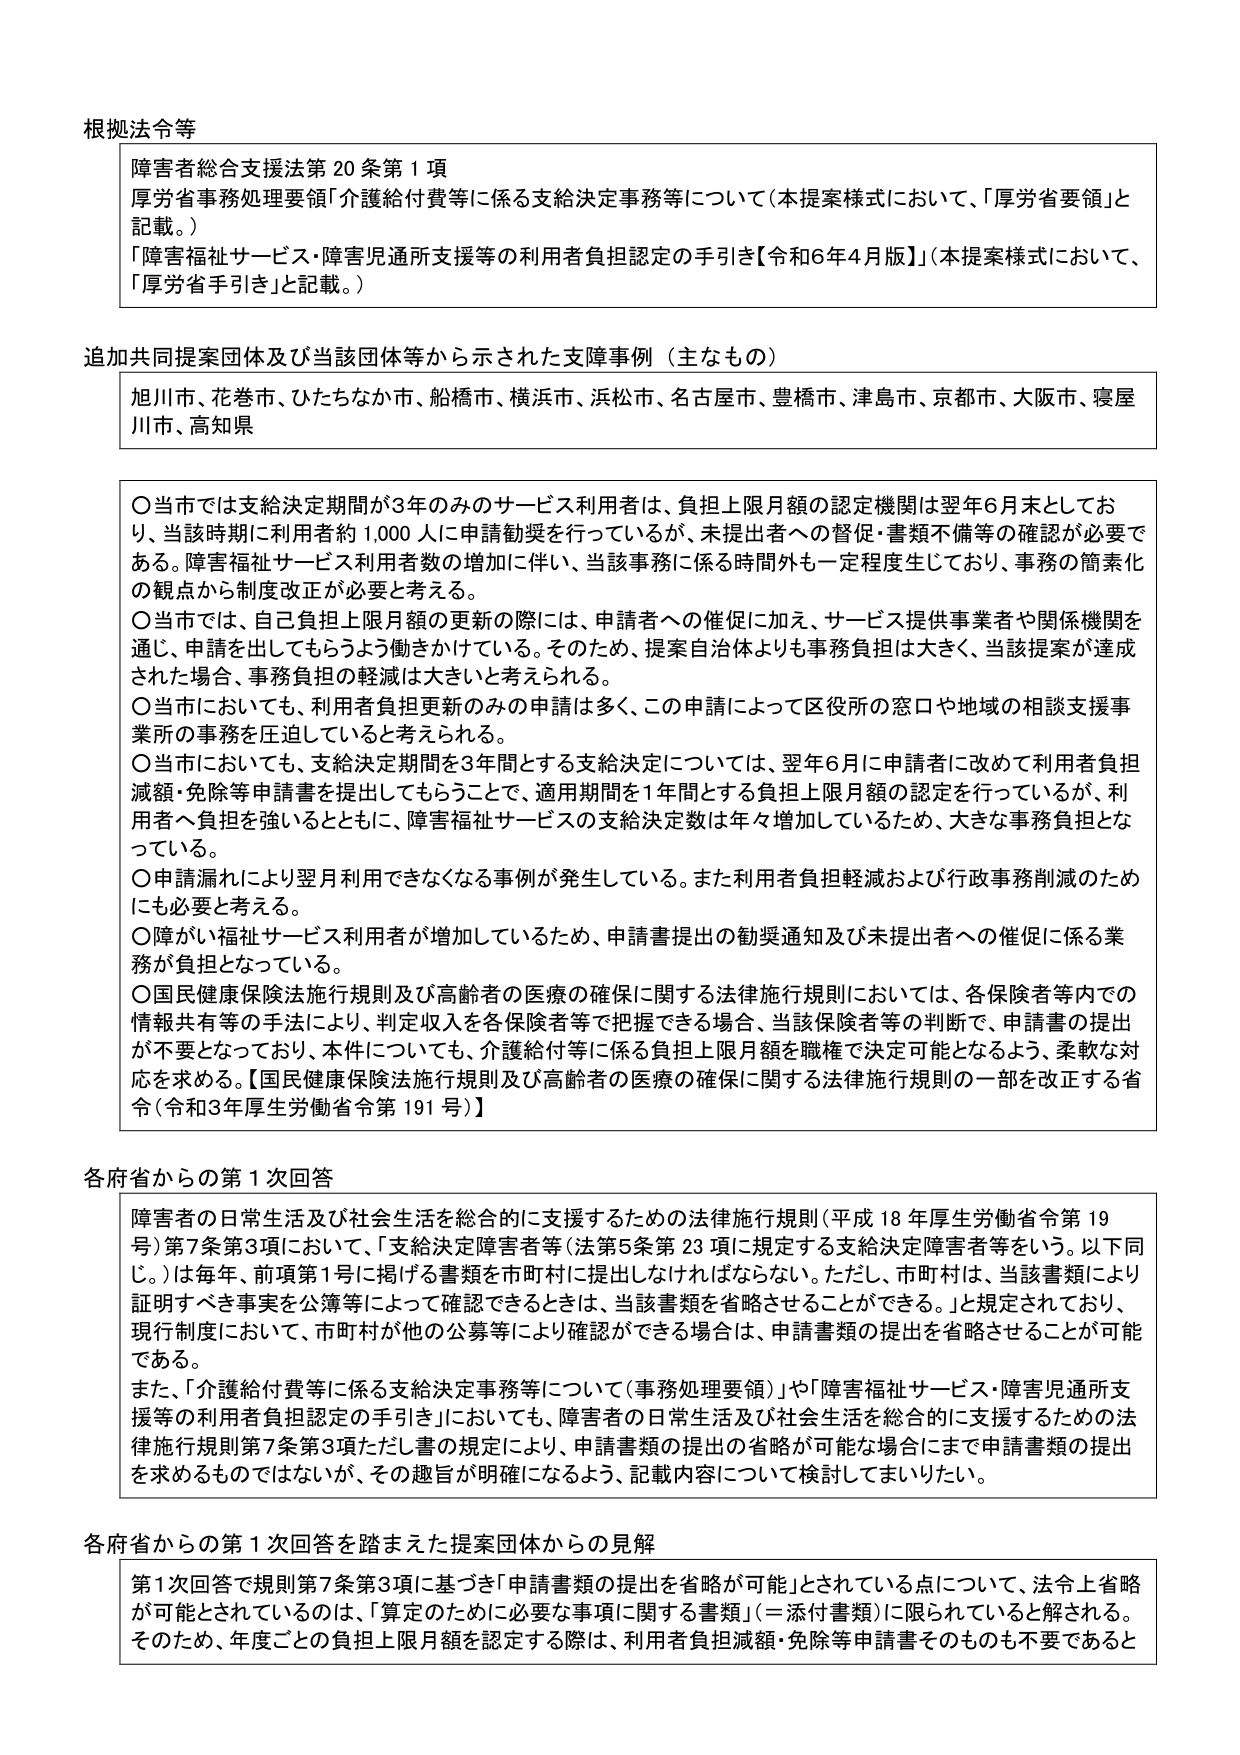
根拠法令等

障害者総合支援法第20条第1項
厚労省事務処理要領「介護給付費等に係る支給決定事務等について（本提案様式において、「厚労省要領」と記載。）
「障害福祉サービス・障害児通所支援等の利用者負担認定の手引き【令和6年4月版】」（本提案様式において、「厚労省手引き」と記載。）

追加共同提案団体及び当該団体等から示された支援事例（主なもの）
旭川市、花巻市、ひたちなか市、船橋市、横浜市、浜松市、名古屋市、豊橋市、津島市、京都市、大阪市、寝屋川市、高知県

〇当市では支給決定期間が3年のみのサービス利用者は、負担上限月額の認定機関は翌年6月末としており、当該時期に利用者約1,000人に申請勧奨を行っているが、未提出者への督促・書類不備等の確認が必要である。障害福祉サービス利用者数の増加に伴い、当該事務に係る時間外も一定程度生じており、事務の簡素化の観点から制度改正が必要と考える。
〇当市では、自己負担上限月額の更新の際には、申請者への催促に加え、サービス提供事業者や関係機関を通じ、申請を出してもらうよう働きかけている。そのため、提案自治体よりも事務負担は大きく、当該提案が達成された場合、事務負担の軽減は大きいと考えられる。
〇当市においても、利用者負担更新のみの申請は多く、この申請によって区役所の窓口や地域の相談支援事業所の事務を圧迫していると考えられる。
〇当市においても、支給決定期間を3年間とする支給決定については、翌年6月に申請者に改めて利用者負担減額・免除等申請書を提出してもらうことで、適用期間を1年間とする負担上限月額の認定を行っているが、利用者へ負担を強いるとともに、障害福祉サービスの支給決定数は年々増加しているため、大きな事務負担となっている。
〇申請漏れにより翌月利用できなくなる事例が発生している。また利用者負担軽減および行政事務削減のためにも必要と考える。
〇障がい福祉サービス利用者が増加しているため、申請書提出の勧奨通知及び未提出者への催促に係る業務が負担となっている。
〇国民健康保険法施行規則及び高齢者の医療の確保に関する法律施行規則においては、各保険者等内での情報共有等の手法により、判定収入を各保険者等で把握できる場合、当該保険者等の判断で、申請書の提出が不要となっており、本件についても、介護給付等に係る負担上限月額を職権で決定可能となるよう、柔軟な対応を求める。【国民健康保険法施行規則及び高齢者の医療の確保に関する法律施行規則の一部を改正する省令（令和3年厚生労働省令第191号）】

各府省からの第1次回答

障害者の日常生活及び社会生活を総合的に支援するための法律施行規則（平成18年厚生労働省令第19号）第7条第3項において、「支給決定障害者等（法第5条第23項に規定する支給決定障害者等をいう。以下同じ。）は毎年、前項第1号に掲げる書類を市町村に提出しなければならない。ただし、市町村は、当該書類により証明すべき事実を公簿等によって確認できるときは、当該書類を省略させることができる。」と規定されており、現行制度において、市町村が他の公募等により確認ができる場合は、申請書類の提出を省略させることが可能である。
また、「介護給付費等に係る支給決定事務等について（事務処理要領）」や「障害福祉サービス・障害児通所支援等の利用者負担認定の手引き」においても、障害者の日常生活及び社会生活を総合的に支援するための法律施行規則第7条第3項ただし書の規定により、申請書類の提出の省略が可能な場合にまで申請書類の提出を求めるものではないが、その趣旨が明確になるよう、記載内容について検討してまいりたい。

各府省からの第1次回答を踏まえた提案団体からの見解

第1次回答で規則第7条第3項に基づき「申請書類の提出を省略が可能」とされている点について、法令上省略が可能とされているのは、「算定のために必要な事項に関する書類」（＝添付書類）に限られていると解される。そのため、年度ごとの負担上限月額を認定する際は、利用者負担減額・免除等申請書そのものも不要であると